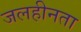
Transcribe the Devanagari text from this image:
जलहीनता